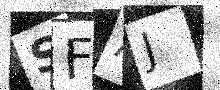
Text: SFAJ